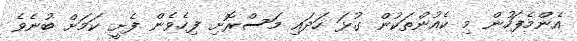
އެންމެފަހުން މި ކެއުންތަކުން ގުޅަ ހަދައި މަސްރޮށި ފިހެވެން ފެށީ ކަމަށް ބުނެވެ